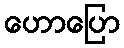
ဟောပြော